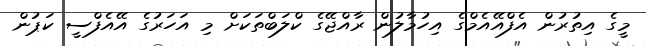
މީގެ އިތުރުން އެފްއޭއެމްގެ އިހުމާލުން ރާއްޖޭގެ ކްލަބްތަކަށް މި އަހަރުގެ އޭއެފްސީ ކަޕުން